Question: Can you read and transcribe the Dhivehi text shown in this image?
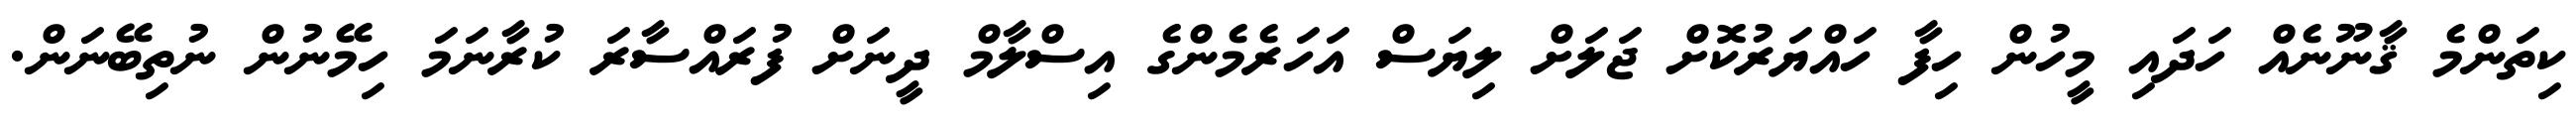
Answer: ކިތަންމެ ޤާނޫނެއް ހަދައި މީހުން ހިފާ ހައްޔަރުކޮށް ޖަލަށް ލިޔަސް އަހަރެމެންގެ އިސްލާމް ދީނަށް ފުރައްސާރަ ކުރާނަމަ ހިމޭނުން ނުތިބޭނަން.